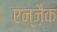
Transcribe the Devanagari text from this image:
एन्ज़ैक